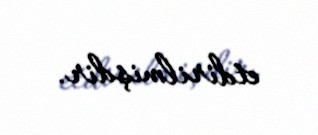
etdirilmişdir.